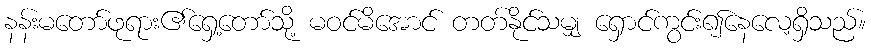
နန်းမတော်ဖုရား၏ရှေ့တော်သို့ မဝင်မိအောင် တတ်နိုင်သမျှ ရှောင်ကွင်း၍နေလေ့ရှိသည်။